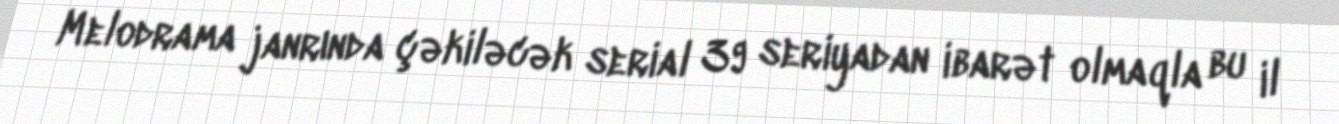
Melodrama janrında çəkiləcək serial 39 seriyadan ibarət olmaqla bu il